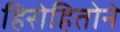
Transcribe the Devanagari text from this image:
हिरोहितोने